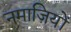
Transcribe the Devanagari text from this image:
नमाज़ियों